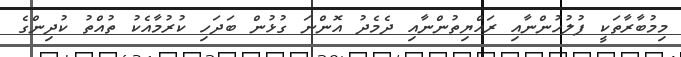
މިމުބާރާތަކީ ފުލުހުންނާއި ރައްޔިތުންނާއި ދެމެދު އޮންނަ ގުޅުން ބަދަހި ކުރުމާއެކު ތުއްތު ކުދިންގެ